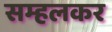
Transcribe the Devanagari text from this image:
सम्हलकर